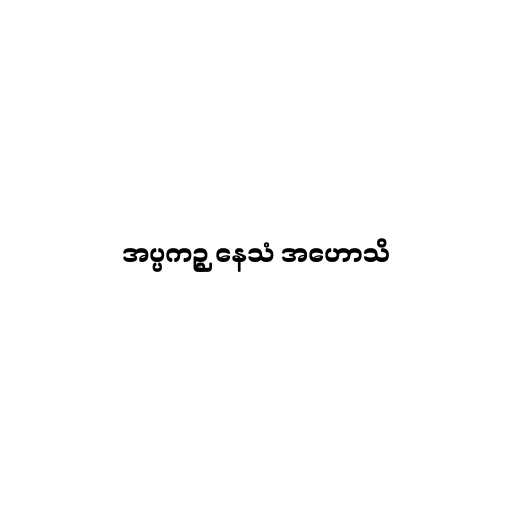
အပ္ပကဉ္စ နေသံ အဟောသိ